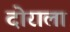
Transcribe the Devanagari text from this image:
दोराला